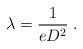
LaTeX: \begin{align*} \lambda =\frac1{eD^2}\;. \end{align*}